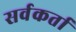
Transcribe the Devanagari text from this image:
सर्वकर्ता